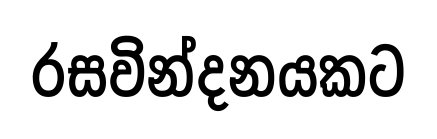
රසවින්දනයකට